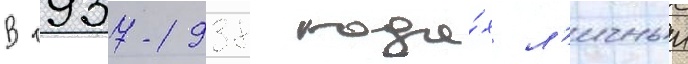
В 1937-1938 года́х л'ичныи